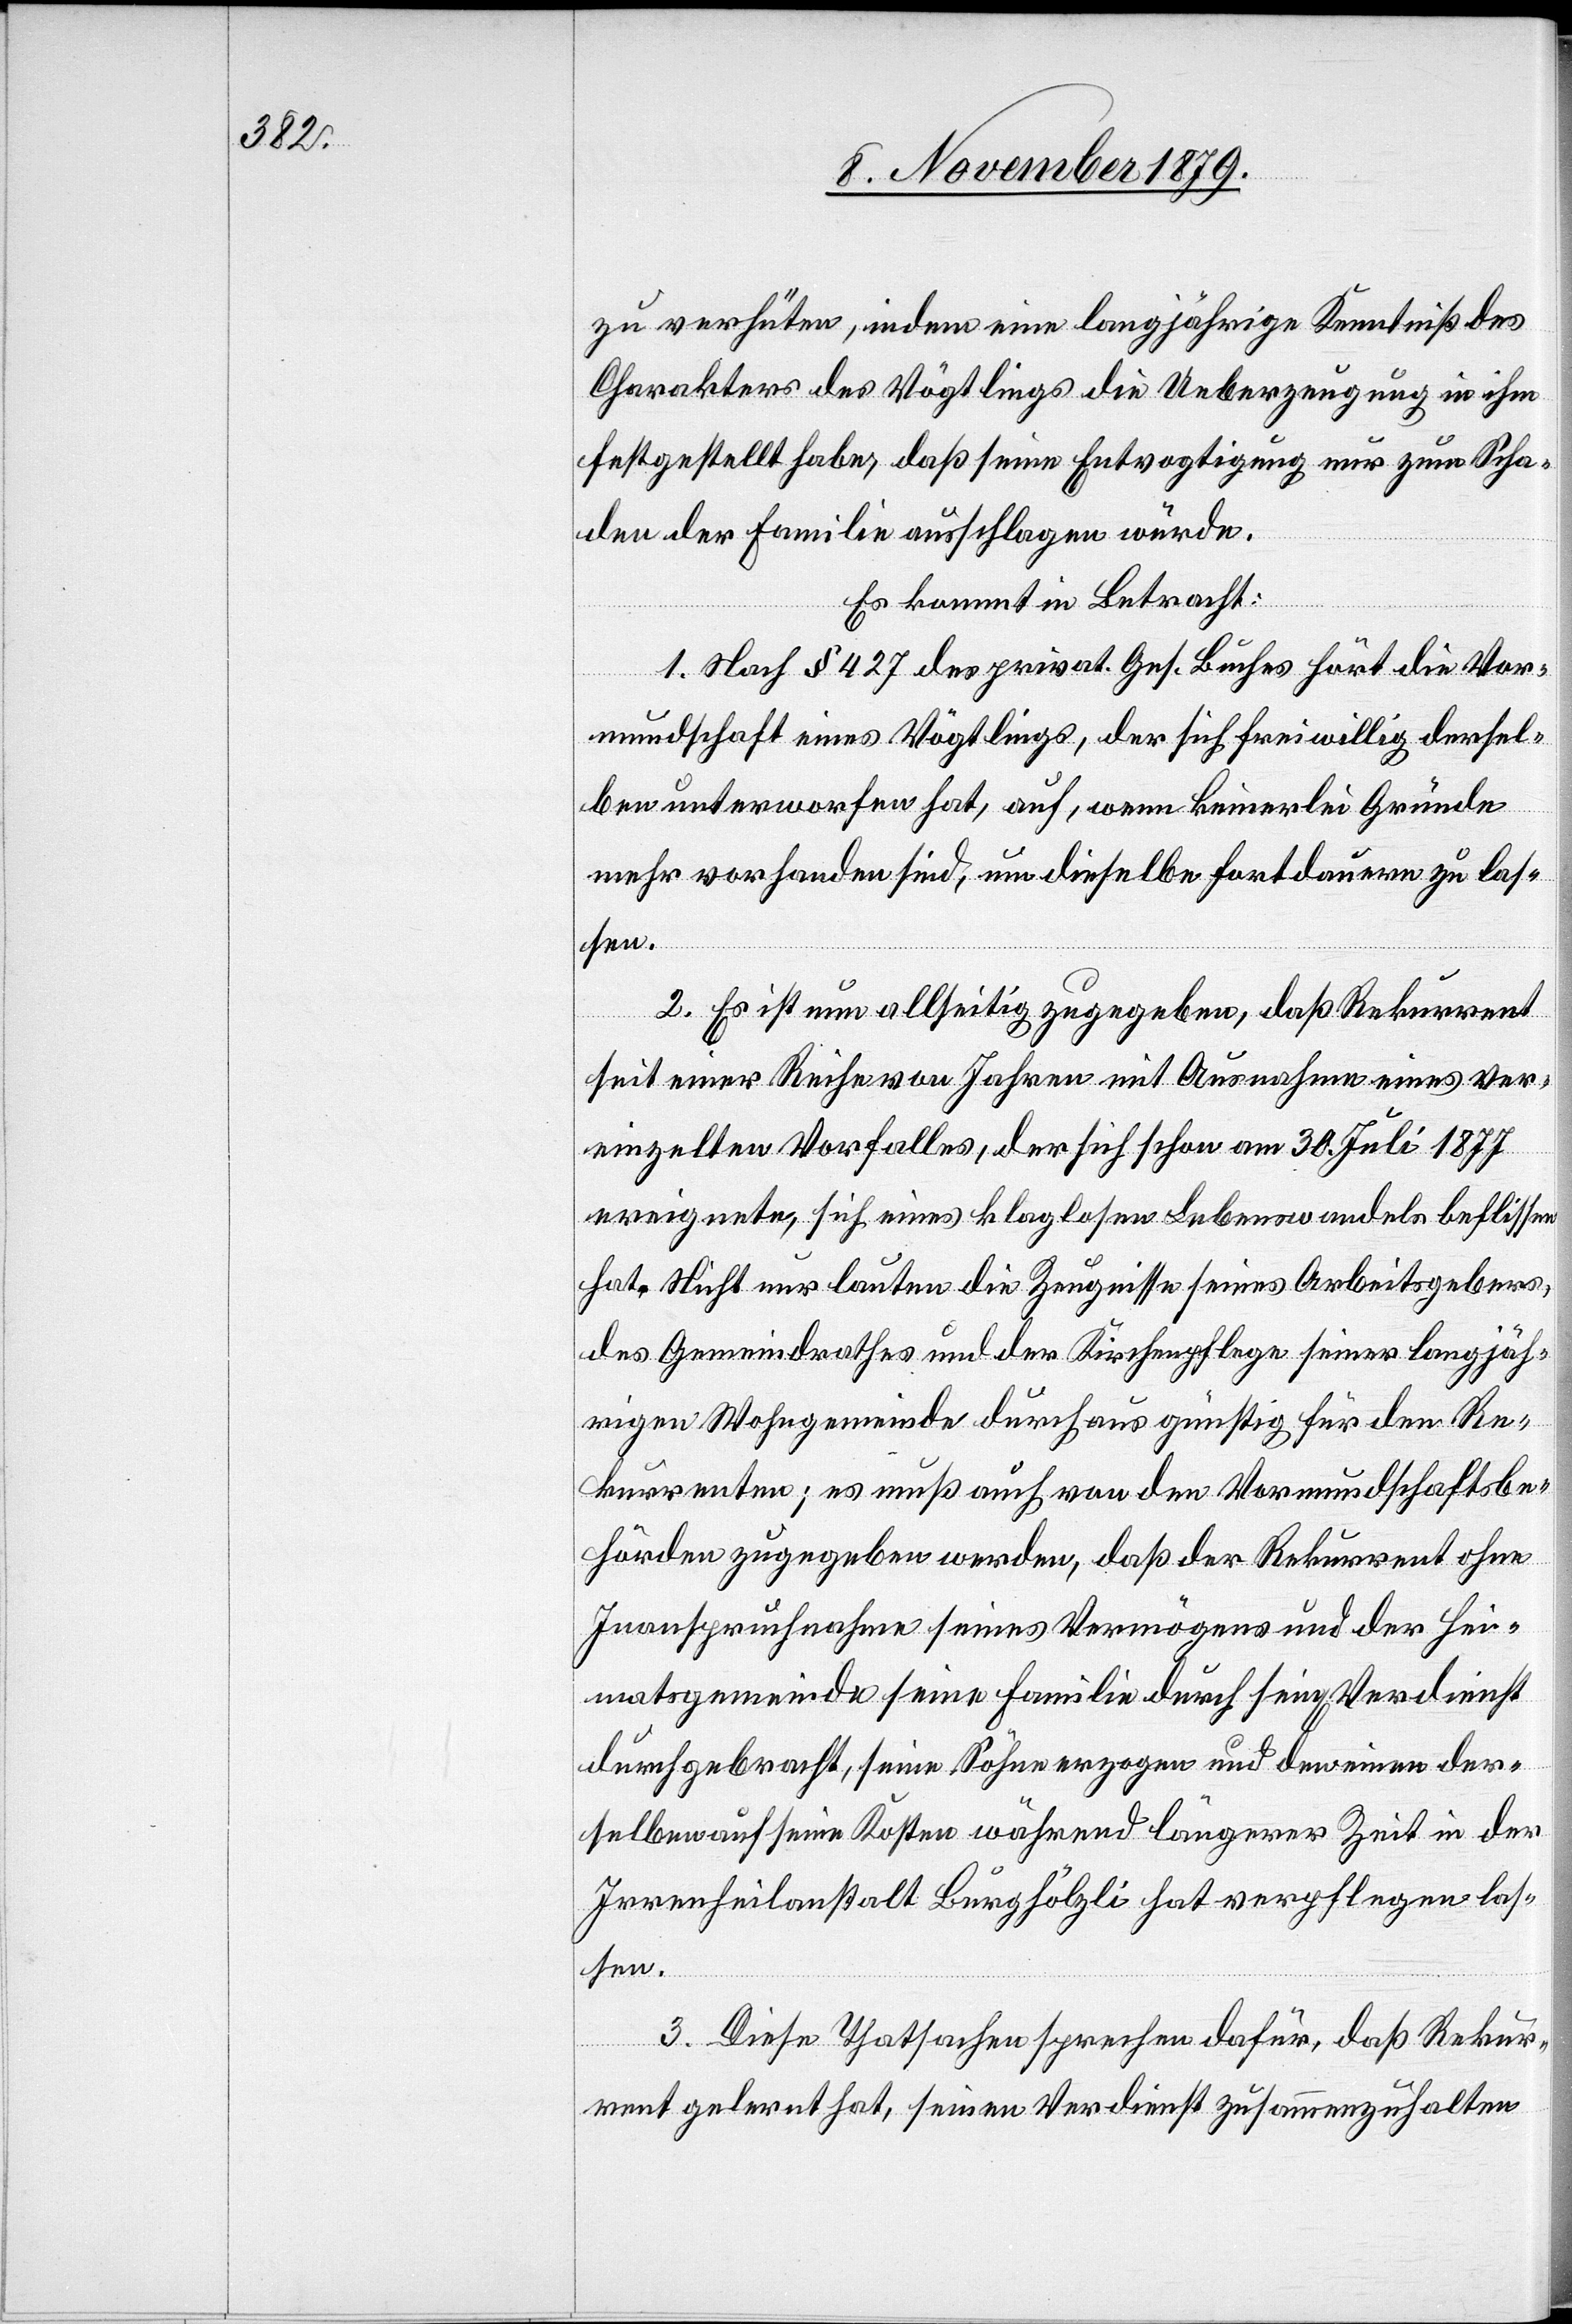
zu verhüten, indem eine langjährige Kenntniß des
Charakters des Vögtlings die Ueberzeugung in ihm
festgestellt habe, daß seine Entvogtigung nur zum Scha¬
den der Familie ausschlagen würde.
Es kommt in Betracht:
1. Nach § 427 des privat. Ges. Buches hört die Vor¬
mundschaft eines Vögtlings, der sich freiwillig dersel¬
ben unterworfen hat, auf, wenn keinerlei Gründe
mehr vorhanden sind, um dieselbe fortdauern zu las¬
sen.
2. Es ist nun allseitig zugegeben, daß Rekurrent
seit einer Reihe von Jahren mit Ausnahme eines ver¬
einzelten Vorfalles, der sich schon am 30. Juli 1877
ereignete, sich eines klaglosen Lebenswandels beflissen
hat. Nicht nur lauten die Zeugnisse seines Arbeitsgebers,
des Gemeindrathes und der Kirchenpflege seiner langjäh¬
rigen Wohngemeinde durchaus günstig für den Re¬
kurrenten; es muß auch von den Vormundschaftsbe¬
hörden zugegeben werden, daß der Rekurrent ohne
Inanspruchnahme seines Vermögens und der Hei¬
matgemeinde seine Familie durch seinen Verdienst
durchgebracht, seine Söhne erzogen und den einen der¬
selben auf seine Kosten während längerer Zeit in der
Irrenheilanstalt Burghölzli hat verpflegen las¬
sen.
3. Diese Thatsachen sprechen dafür, daß Rekur¬
rent gelernt hat, seinen Verdienst zusammenzuhalten